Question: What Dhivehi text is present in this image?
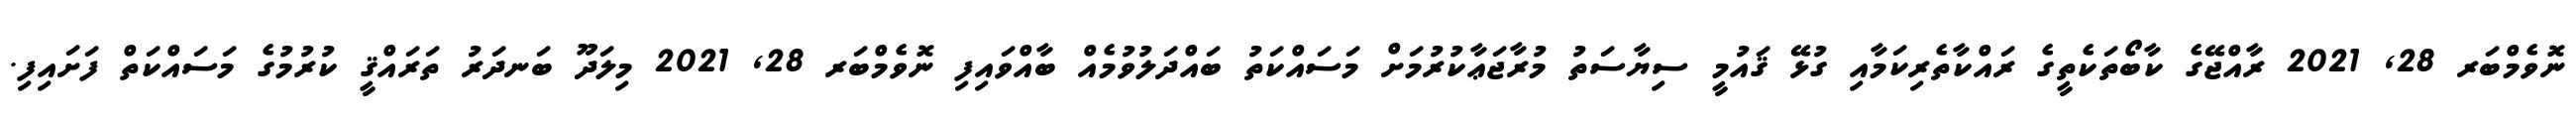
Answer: ނޮވެމްބަރ 28, 2021 ރާއްޖޭގެ ކާބޯތަކެތީގެ ރައްކާތެރިކަމާއި ގުޅޭ ޤައުމީ ސިޔާސަތު މުރާޖަޢާކުރުމަށް މަސައްކަތު ބައްދަލުވުމެއް ބާއްވައިފި ނޮވެމްބަރ 28, 2021 މިލަދޫ ބަނދަރު ތަރައްޤީ ކުރުމުގެ މަސައްކަތް ފަށައިފި.